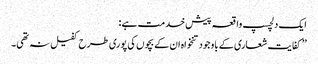
ایک دلچسپ واقعہ پیش خدمت ہے :
’’ کفایت شعاری کے باوجود تنخواہ ان کے بچوں کی پوری طرح کفیل نہ تھی۔